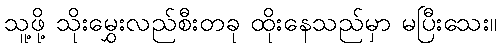
သူ့ဖို့ သိုးမွှေးလည်စီးတခု ထိုးနေသည်မှာ မပြီးသေး။